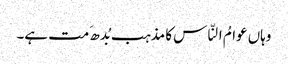
وہاں عوامُ النّاس کا مذہب بُدھ َمت ہے۔